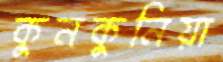
কুনকুনিয়া